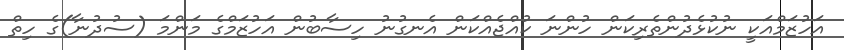
އަހުޒަމްއަކީ ނުކުޅެދުންތެރިކަން ހުންނަ ކުއްޖެއްކަން އެނގުނު ހިސާބުން އަހުޒަމްގެ މަންމަ (ސުދުނާ)ގެ ހިތް